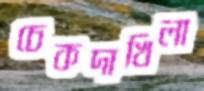
চেকদাখিলা